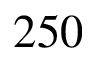
2 5 0